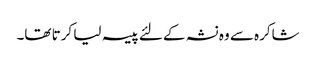
شاکرہ سے وہ نشہ کے لئے پیسہ لیا کرتا تھا۔